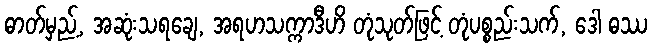
ဓာတ်မှည့်, အဆုံးသရချေ, အရဟသက္ကာဒီဟိ တုံသုတ်ဖြင့် တုံပစ္စည်းသက်, ဒေါ ဓဿ